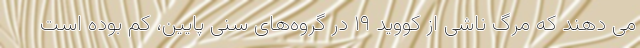
می دهند که مرگ ناشی از کووید ۱۹ در گروه‌های سنی پایین، کم بوده است